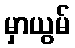
မှာယွမ်